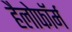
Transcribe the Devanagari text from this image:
हैलोफॉर्म